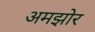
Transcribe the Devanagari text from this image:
अमझोर